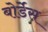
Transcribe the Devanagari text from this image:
बोर्डेस